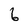
Character: 6